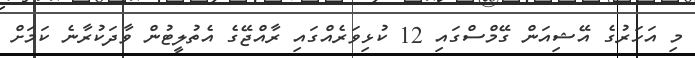
މި އަހަރުގެ އޭޝިއަން ގޭމްސްގައި 12 ކުޅިވަރެއްގައި ރާއްޖޭގެ އެތުލީޓުން ވާދަކުރާނެ ކަމަށް